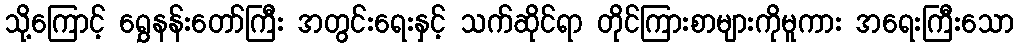
သို့ကြောင့် ရွှေနန်းတော်ကြီး အတွင်းရေးနှင့် သက်ဆိုင်ရာ တိုင်ကြားစာများကိုမူကား အရေးကြီးသော